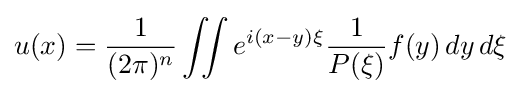
u(x)={\frac {1}{(2\pi )^{n}}}\iint e^{i(x-y)\xi }{\frac {1}{P(\xi )}}f(y)\,dy\,d\xi